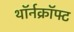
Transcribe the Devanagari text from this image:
थॉर्नक्रॉफ्ट